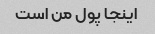
اینجا پول من است